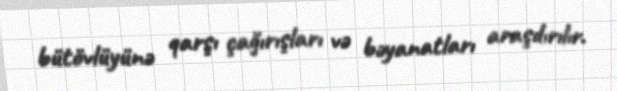
bütövlüyünə qarşı çağırışları və bəyanatları araşdırılır.